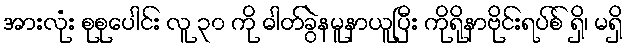
အားလုံး စုစုပေါင်း လူ ၃၀ ကို ဓါတ်ခွဲနမူနာယူပြီး ကိုရိုနာဗိုင်းရပ်စ် ရှိ၊ မရှိ